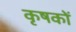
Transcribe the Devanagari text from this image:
कृषकाें